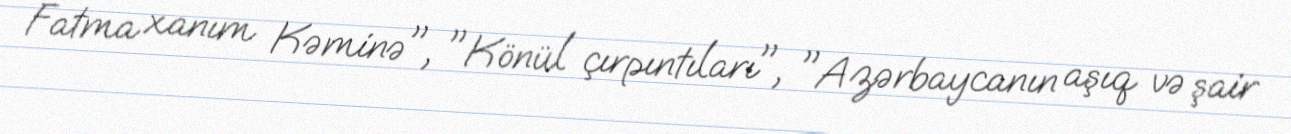
Fatma xanım Kəminə", "Könül çırpıntıları", "Azərbaycanın aşıq və şair